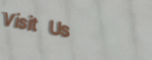
Visit Us